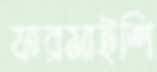
ফরমাইশি